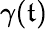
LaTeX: \gamma(\mathfrak{t})